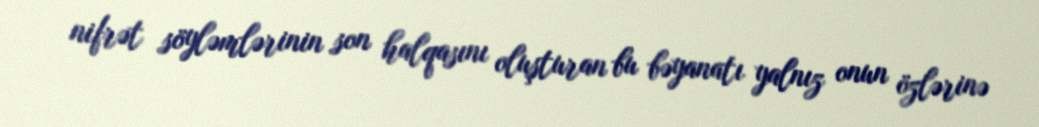
nifrət söyləmlərinin son halqasını oluşturan bu bəyanatı yalnız onun özlərinə